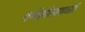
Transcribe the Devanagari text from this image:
गणेशोत्सवातही